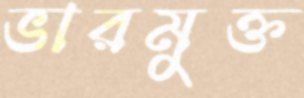
ভারমুক্ত